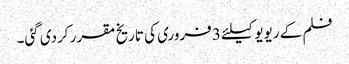
فلم کے ریویو کیلئے 3 فروری کی تاریخ مقرر کردی گئی۔